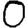
Digit: 0